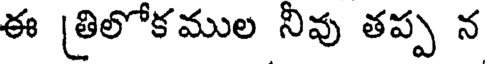
ఈ [తిలోకముల నీవు తప్ప న